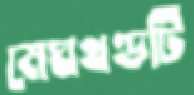
মেঘখণ্ডটি